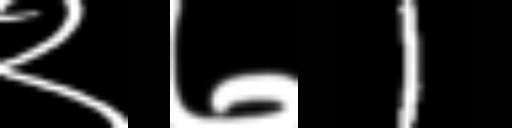
Text: २७1